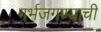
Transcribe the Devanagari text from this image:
गर्भजगण्याची